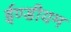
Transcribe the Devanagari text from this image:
ईण्डीयम